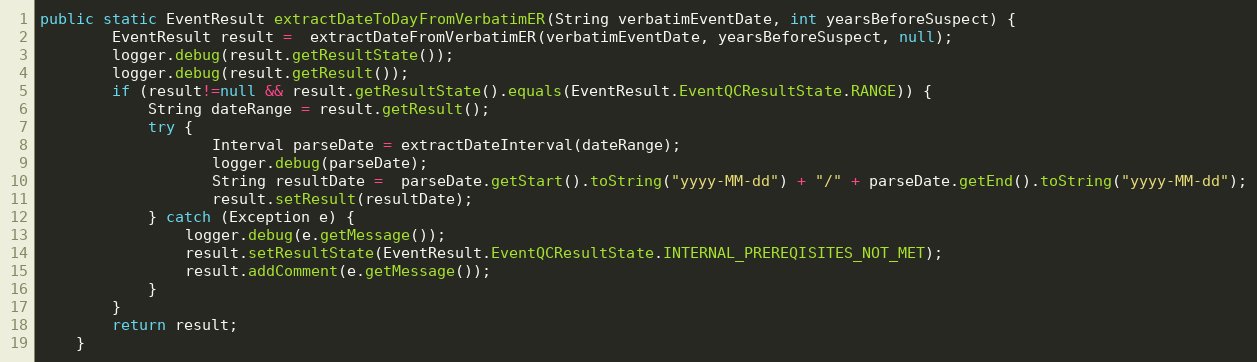
Language: Java
public static EventResult extractDateToDayFromVerbatimER(String verbatimEventDate, int yearsBeforeSuspect) {
		EventResult result =  extractDateFromVerbatimER(verbatimEventDate, yearsBeforeSuspect, null);
        logger.debug(result.getResultState());
        logger.debug(result.getResult());
		if (result!=null && result.getResultState().equals(EventResult.EventQCResultState.RANGE)) {
			String dateRange = result.getResult();
			try {
				   Interval parseDate = extractDateInterval(dateRange);
				   logger.debug(parseDate);
				   String resultDate =  parseDate.getStart().toString("yyyy-MM-dd") + "/" + parseDate.getEnd().toString("yyyy-MM-dd");
				   result.setResult(resultDate);
			} catch (Exception e) {
				logger.debug(e.getMessage());
				result.setResultState(EventResult.EventQCResultState.INTERNAL_PREREQISITES_NOT_MET);
				result.addComment(e.getMessage());
			}
		}
		return result;
	}